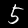
Label: 5